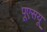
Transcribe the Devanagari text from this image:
पूएसयू